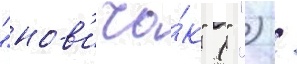
"нов'ичо́к" (" ") /